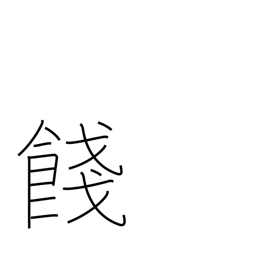
Meaning: farewell gift